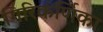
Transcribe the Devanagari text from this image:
गिरिकर्णिका